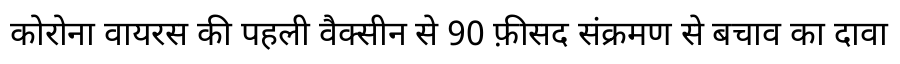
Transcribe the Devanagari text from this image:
कोरोना वायरस की पहली वैक्सीन से 90 फ़ीसद संक्रमण से बचाव का दावा